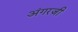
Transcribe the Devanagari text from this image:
अंगरजी